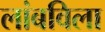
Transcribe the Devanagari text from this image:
लांबविला